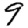
Digit: 9